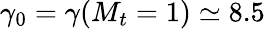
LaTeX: \gamma_{0}=\gamma(M_{t}=1)\simeq 8.5